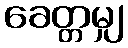
ခေတ္တမျှ